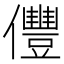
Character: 㒥